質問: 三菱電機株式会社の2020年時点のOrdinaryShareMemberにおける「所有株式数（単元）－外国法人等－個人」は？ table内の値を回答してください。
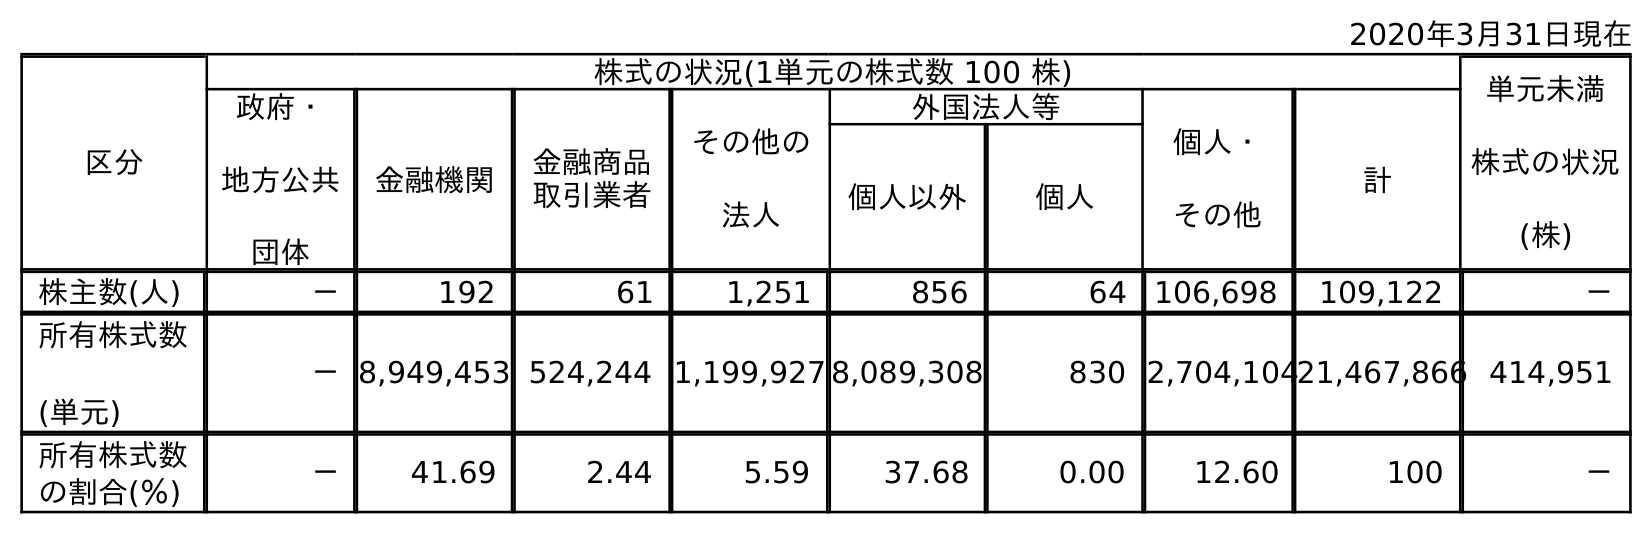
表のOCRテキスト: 2020年3月31日現在 区分 株式の状況(1単元の株式数 100 株) 単元未満 株式の状況 (株) 政府・ 地方公共 団体 金融機関 金融商品 取引業者 その他の 法人 外国法人等 個人・ その他 計 個人以外 個人 株主数(人) － 192 61 1,251 856 64 106,698 109,122 － 所有株式数 (単元) －8,949,453 524,244 1,199,927 8,089,308 830 2,704,10421,467,866 414,951 所有株式数 の割合(％) － 41.69 2.44 5.59 37.68 0.00 12.60 100 －
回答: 830